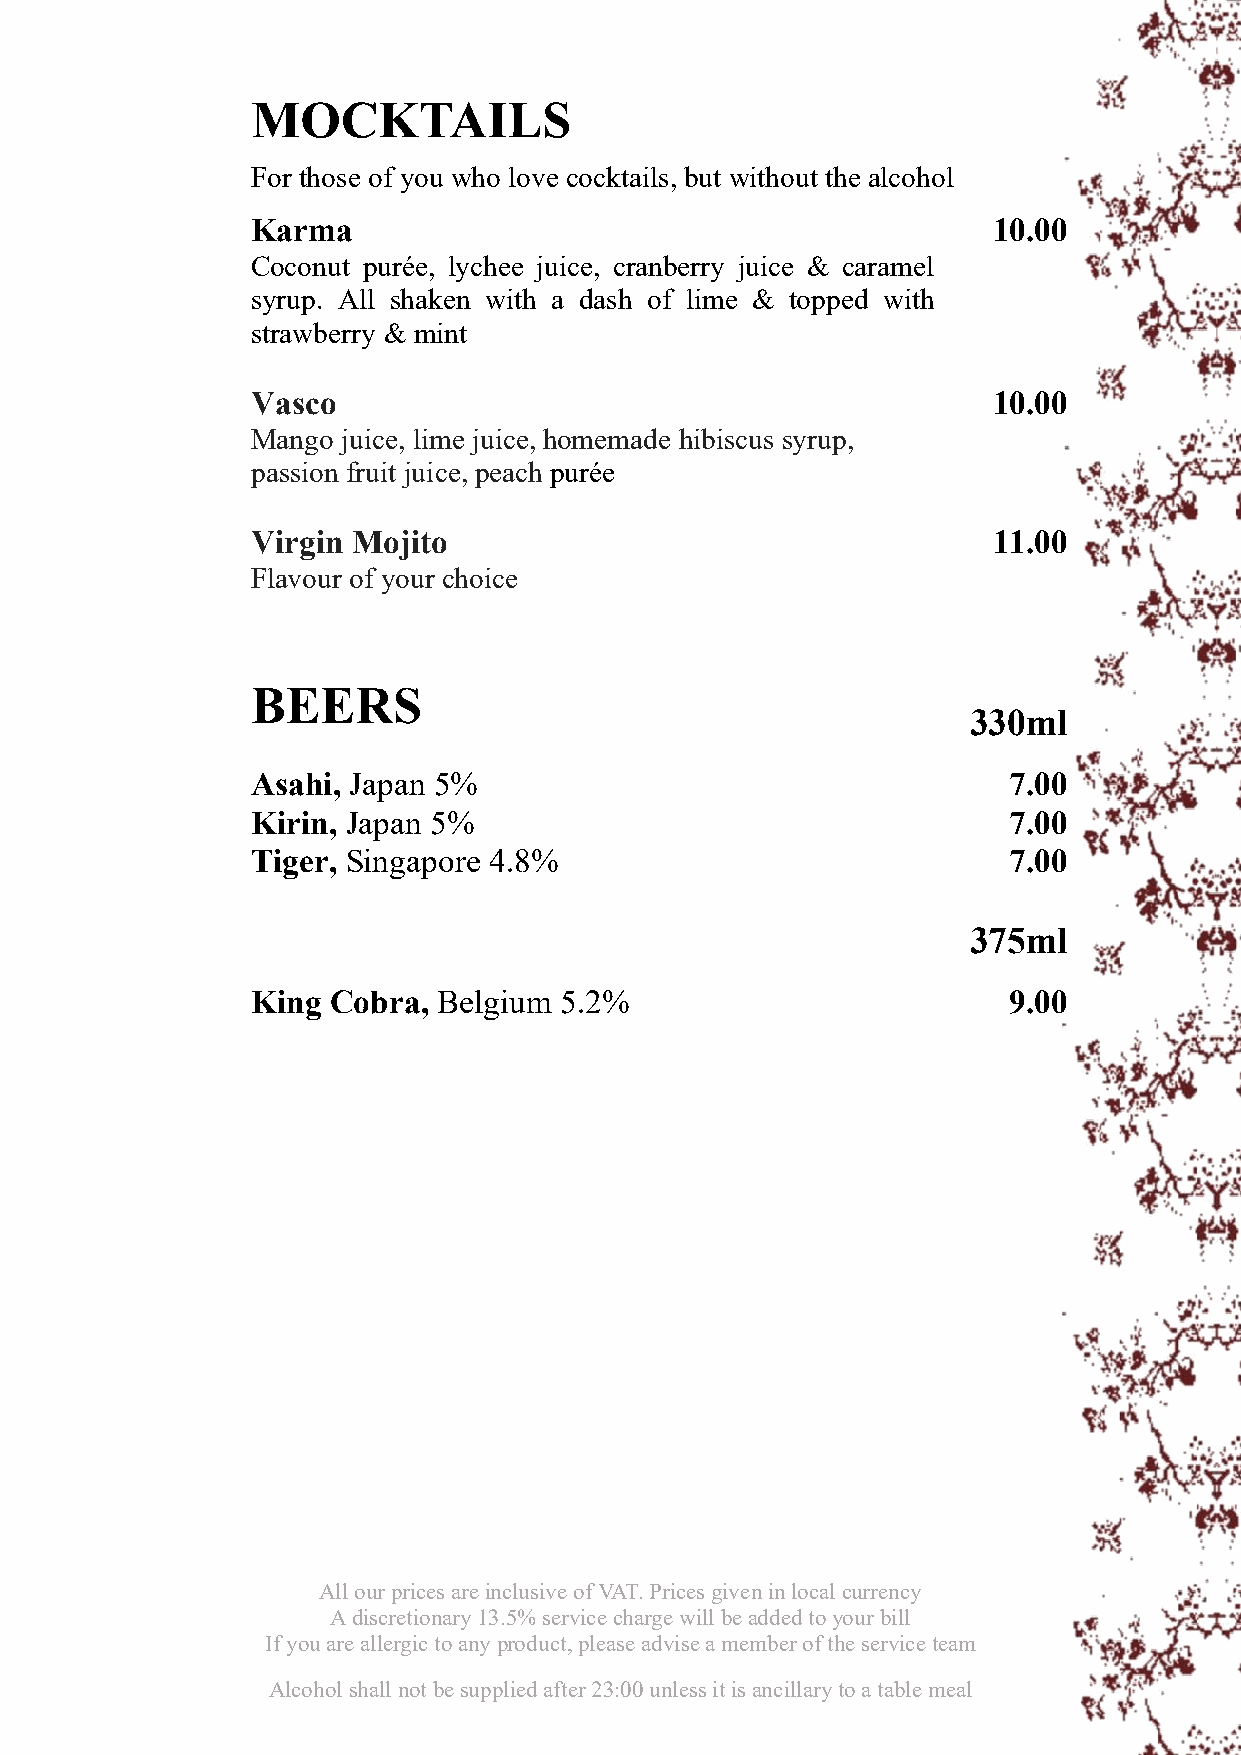
MOCKTAILS
 For those of you who love cocktails, but without the alcohol
 Karma                                            10.00
 Coconut purée, lychee juice, cranberry juice & caramel
 syrup. All shaken with a dash of lime & topped with
 strawberry & mint
 Vasco                                            10.00
 Mango juice, lime juice, homemade hibiscus syrup,
 passion fruit juice, peach purée
 Virgin Mojito                                    11.00
 Flavour of your choice
 BEERS
 330ml
 Asahi, Japan 5%                                   7.00
 Kirin, Japan 5%                                   7.00
 Tiger, Singapore 4.8%                             7.00
 375ml
 King Cobra, Belgium 5.2%                          9.00
 All our prices are inclusive of VAT. Prices given in local currency
 A discretionary 13.5% service charge will be added to your bill
 If you are allergic to any product, please advise a member of the service team
 Alcohol shall not be supplied after 23:00 unless it is ancillary to a table meal